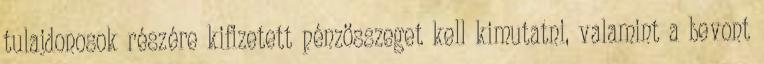
tulajdonosok részére kifizetett pénzösszeget kell kimutatni, valamint a bevont